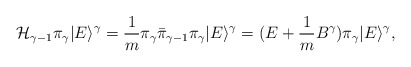
\begin{align*}{\mathcal{H}}_{\gamma-1}\pi_{\gamma}|E\rangle^{\gamma}=\frac{1}{m}\pi_{\gamma}\bar{\pi}_{\gamma-1}\pi_{\gamma}|E\rangle^{\gamma}=(E+\frac{1}{m}B^{\gamma})\pi_{\gamma}|E\rangle^{\gamma},\end{align*}